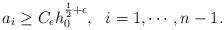
LaTeX: \begin{align*}a_i\geq C_\epsilon h_0^{\frac{1}{2}+\epsilon}, \ \ i=1,\cdots, n-1.\end{align*}